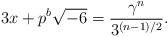
LaTeX: \begin{align*}3x+p^b\sqrt{-6}=\frac{\gamma^n}{3^{(n-1)/2}}.\end{align*}